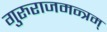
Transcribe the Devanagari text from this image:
गुरुराजमन्त्रम्